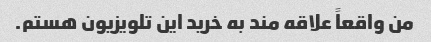
من واقعاً علاقه مند به خرید این تلویزیون هستم.